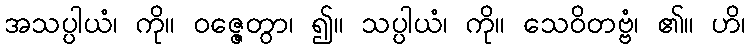
အသပ္ပါယံ၊ ကို။ ဝဇ္ဇေတွာ၊ ၍။ သပ္ပါယံ၊ ကို။ သေဝိတဗ္ဗံ၊ ၏။ ဟိ၊